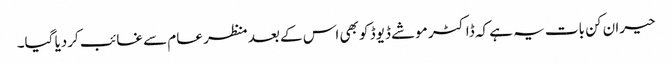
حیران کن بات یہ ہے کہ ڈاکٹر موشے ڈیوڈ کو بھی اس کے بعد منظر عام سے غائب کردیا گیا۔